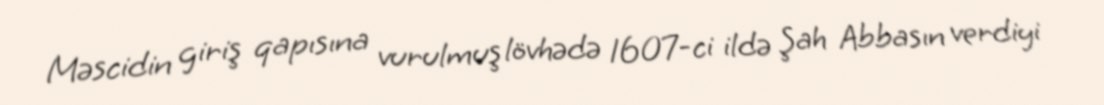
Məscidin giriş qapısına vurulmuş lövhədə 1607-ci ildə Şah Abbasın verdiyi